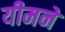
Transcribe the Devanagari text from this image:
यीमने